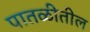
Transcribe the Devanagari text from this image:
पातळीतील